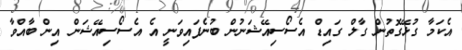
އެކަމާ ގުޅޭގޮތުން ގާލް ގައިޑް އެސޯސިއޭޝަނުން ބުނެފައިވަނީ އެ އެސޯސިއޭޝަން އިން ބާއްވާ